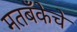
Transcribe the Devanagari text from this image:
मतबँकेचे